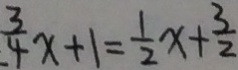
\frac { 3 } { 4 } x + 1 = \frac { 1 } { 2 } x + \frac { 3 } { 2 }